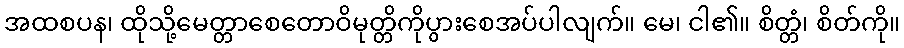
အထစပန၊ ထိုသို့မေတ္တာစေတောဝိမုတ္တိကိုပွားစေအပ်ပါလျက်။ မေ၊ ငါ၏။ စိတ္တံ၊ စိတ်ကို။